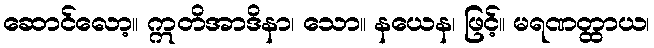
ဆောင်လော့။ ဣတိအာဒိနာ၊ သော။ နယေန၊ ဖြင့်။ မရဏတ္ထာယ၊